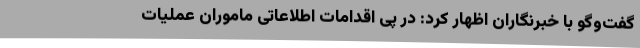
گفت‌وگو با خبرنگاران اظهار کرد: در پی اقدامات اطلاعاتی ماموران عملیات